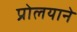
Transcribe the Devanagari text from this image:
प्रोलयाने